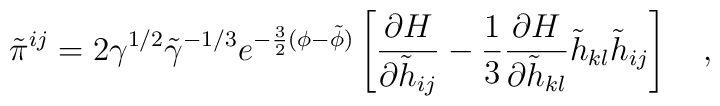
\tilde{\pi}^{ij}=2\gamma^{1/2}\tilde{\gamma}^{-1/3}e^{-\frac{3}{2}(\phi-\tilde{\phi})}\left[ \frac{\partial H}{\partial \tilde{h}_{ij}}-\frac{1}{3}\frac{\partial H}{\partial \tilde{h}_{kl}}\tilde{h}_{kl}\tilde{h}_{ij} \right] ~~~,